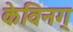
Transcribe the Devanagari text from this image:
केविनग्